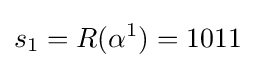
s_{1}=R(\alpha ^{1})=1011